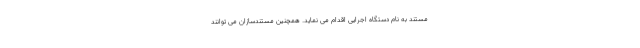
مستند به نام دستگاه اجرایی اقدام می نماید. همچنین مستندسازان می توانند